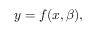
y = f ( x , { \boldsymbol { \beta } } ) ,